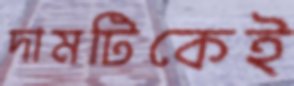
দামটিকেই